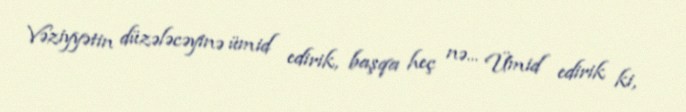
Vəziyyətin düzələcəyinə ümid edirik, başqa heç nə... Ümid edirik ki,